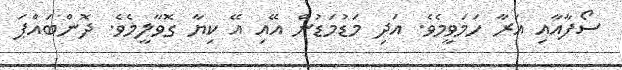
ސޯފާއާއި އަރާ ހަމަވީމެވެ. އަދި މަޑުމަޑުން އޭއި އޭ ކިޔާ ގޮވާލީމެވެ. ދޮންބަައްޕަ